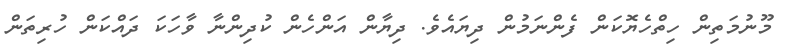
މޫނުމަތިން ހިތްހެޔޮކަން ފެންނަމުން ދިޔައެވެ. ދިޔާން އަންހެން ކުދިންނާ ވާހަކަ ދައްކަން ހުރިތަން